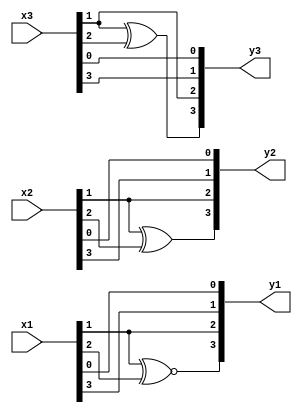
/*
* -----------------------------------------------------------------
* DOCUMENT: "Cryptanalysis of Efficient Masked Ciphers: Applications to Low Latency" (TCHES 2022, Issue 1)
* -----------------------------------------------------------------
*
* Copyright (c) 2021, Aein Rezaei Shahmirzadi
*
* All rights reserved.
*
* THIS SOFTWARE IS PROVIDED BY THE COPYRIGHT HOLDERS AND CONTRIBUTORS "AS IS" AND
* ANY EXPRESS OR IMPLIED WARRANTIES, INCLUDING, BUT NOT LIMITED TO, THE IMPLIED
* WARRANTIES OF MERCHANTABILITY AND FITNESS FOR A PARTICULAR PURPOSE ARE
* DISCLAIMED. IN NO EVENT SHALL THE COPYRIGHT HOLDER OR CONTRIBUTERS BE LIABLE FOR ANY
* DIRECT, INDIRECT, INCIDENTAL, SPECIAL, EXEMPLARY, OR CONSEQUENTIAL DAMAGES
* (INCLUDING, BUT NOT LIMITED TO, PROCUREMENT OF SUBSTITUTE GOODS OR SERVICES;
* LOSS OF USE, DATA, OR PROFITS; OR BUSINESS INTERRUPTION) HOWEVER CAUSED AND
* ON ANY THEORY OF LIABILITY, WHETHER IN CONTRACT, STRICT LIABILITY, OR TORT
* (INCLUDING NEGLIGENCE OR OTHERWISE) ARISING IN ANY WAY OUT OF THE USE OF THIS
* SOFTWARE, EVEN IF ADVISED OF THE POSSIBILITY OF SUCH DAMAGE.
*
* Please see LICENSE and README for license and further instructions.
*/

module PresentAffines(
    input [3:0] x1,
    input [3:0] x2,
    input [3:0] x3,
    output [3:0] y1,
    output [3:0] y2,
    output [3:0] y3
    );

	parameter num = 1;
	
	wire [3:0] notx1;
	assign notx1 = ~x1;
	
	generate
		//input affine
		if(num == 1) begin
			assign y1 = {x1[1] ~^ x1[2],x1[1],x1[3],x1[0]};
			assign y2 = {x2[1] ^ x2[2] ,x2[1],x2[3],x2[0]};
			assign y3 = {x3[1] ^ x3[2] ,x3[1],x3[3],x3[0]};
		end
		//output affine
		if(num == 2) begin
			assign y1 = {1'b1 ^ x1[1] ^ x1[2] ^ x1[3], x1[0] ^ x1[2] ^ x1[3], x1[1] ^ x1[2], x1[0] ~^ x1[3]};
			assign y2 = {1'b1 ^ x2[1] ^ x2[2] ^ x2[3], x2[0] ^ x2[2] ^ x2[3], x2[1] ^ x2[2], x2[0] ~^ x2[3]};
			assign y3 = {1'b1 ^ x3[1] ^ x3[2] ^ x3[3], x3[0] ^ x3[2] ^ x3[3], x3[1] ^ x3[2], x3[0] ~^ x3[3]};
		end
		//middle affine
		if(num == 3) begin
			assign y1 = {x1[0] ^ x1[1],x1[0],x1[2],x1[2] ^ x1[3]};
			assign y2 = {x2[0] ^ x2[1],x2[0],x2[2],x2[2] ^ x2[3]};
			assign y3 = {x3[0] ^ x3[1],x3[0],x3[2],x3[2] ^ x3[3]};
		end
   endgenerate

endmodule